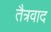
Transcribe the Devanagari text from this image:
तैत्रवाद